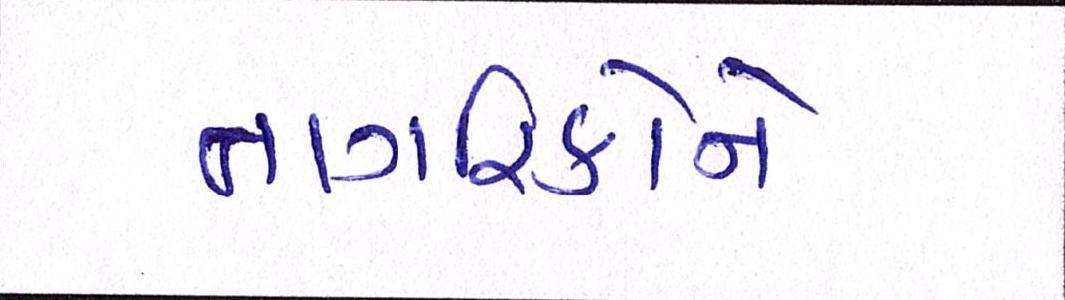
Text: નાગરિકોને